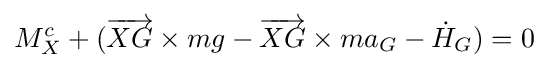
M_{X}^{c}+({\overrightarrow {XG}}\times mg-{\overrightarrow {XG}}\times ma_{G}-{\dot {H}}_{G})=0